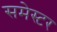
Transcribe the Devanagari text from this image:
समेस्टर